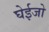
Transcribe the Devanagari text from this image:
घेईजो